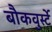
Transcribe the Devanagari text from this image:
बौकवुर्स्टे